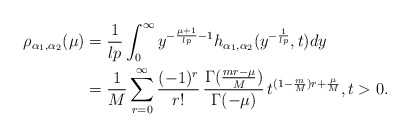
\begin{align*}\rho_{\alpha_{1}, \alpha_{2}}(\mu) & = \frac{1}{lp} \int_{0}^{\infty} y^{-\frac{\mu+1}{lp}-1} h_{\alpha_{1}, \alpha_{2}}(y^{-\frac{1}{lp}}, t) dy \\& = \frac{1}{M} \sum_{r=0}^{\infty} \frac{(-1)^r}{r!}\, \frac{\Gamma(\frac{m r - \mu}{M})}{\Gamma(-\mu)}\, t^{(1-\frac{m}{M})r + \frac{\mu}{M}}, t >0. \end{align*}